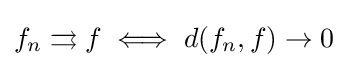
f_{n}\rightrightarrows f\iff d(f_{n},f)\to 0